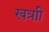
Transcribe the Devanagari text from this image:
खत्राी